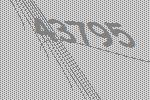
43795